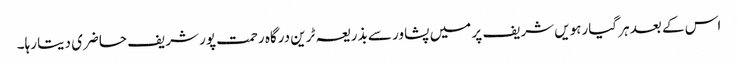
اس کے بعد ہر گیارہویں شریف پر میں پشاور سے بذریعہ ٹرین درگاہ رحمت پور شریف حاضری دیتا رہا۔